On the morphology, teratology, and diclinism of the flowers of cannabis - Number 12
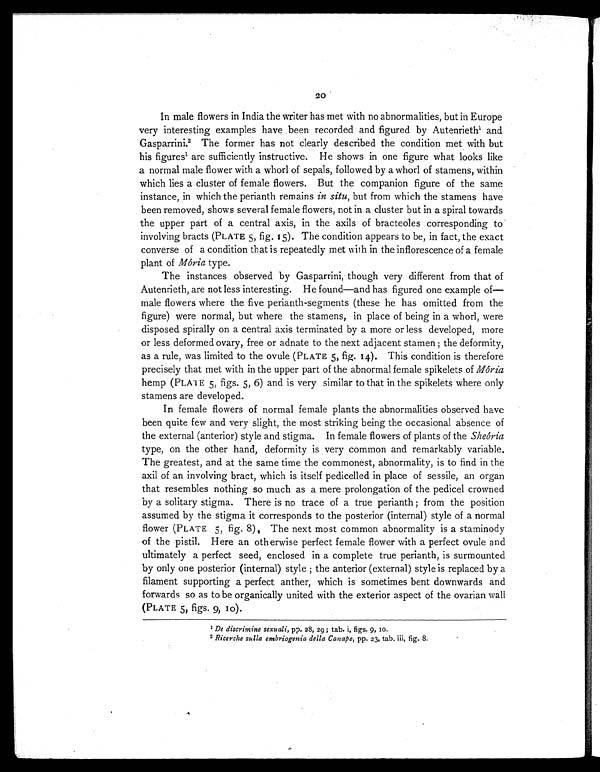
20
In male flowers in India the writer has met with no abnormalities, but in Europe
very interesting examples have been recorded and figured by Autenrieth 1and
Gasparrini.2 The former has not clearly described the condition met with but
his figures1are sufficiently instructive. He shows in one figure what looks like
a normal male flower with a whorl of sepals, followed by a whorl of stamens, within
which lies a cluster of female flowers. But the companion figure of the same
instance, in which the perianth remains in situ , but from which the stamens have
been removed, shows several female flowers, not in a cluster but in a spiral towards
the upper part of a central axis, in the axils of bracteoles corresponding to
involving bracts (PLATE 5, fig. 15). The condition appears to be, in fact, the exact
converse of a condition that is repeatedly met with in the inflorescence of a female
plant of Mória type.
The instances observed by Gasparrini, though very different from that of
Autenrieth, are not less interesting. He found—and has figured one example of—
male flowers where the five perianth-segments (these he has omitted from the
figure) were normal, but where the stamens, in place of being in a whorl, were
disposed spirally on a central axis terminated by a more or less developed, more
or less deformed ovary, free or adnate to the next adjacent stamen ; the deformity,
as a rule, was limited to the ovule (PLATE 5, fig. 14). This condition is therefore
precisely that met with in the upper part of the abnormal female spikelets of Mória
hemp (PLATE 5, figs. 5, 6) and is very similar to that in the spikelets where only
stamens are developed.
In female flowers of normal female plants the abnormalities observed have
been quite few and very slight, the most striking being the occasional absence of
the external (anterior) style and stigma. In female flowers of plants of the Sheória
type, on the other hand, deformity is very common and remarkably variable.
The greatest, and at the same time the commonest, abnormality, is to find in the
axil of an involving bract, which is itself pedicelled in place of sessile, an organ
that resembles nothing so much as a mere prolongation of the pedicel crowned
by a solitary stigma. There is no trace of a true perianth ; from the position
assumed by the stigma it corresponds to the posterior (internal) style of a normal
flower (PLATE 5, fig. 8), The next most common abnormality is a staminody
of the pistil. Here an otherwise perfect female flower with a perfect ovule and
ultimately a perfect seed, enclosed in a complete true perianth, is surmounted
by only one posterior (internal) style ; the anterior (external) style is replaced by a
filament supporting a perfect anther, which is sometimes bent downwards and
forwards so as to be organically united with the exterior aspect of the ovarian wall
(PLATE 5, figs. 9, 10).
1De discrimine sexuali, pp. 28, 29; tab. i, figs. 9, 10.
2 Ricerche sulla embriogenia della Canape, pp. 23, tab. iii, fig. 8.